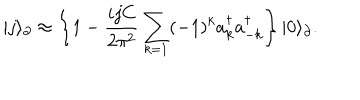
| j \rangle _ { \partial } \approx \left\lbrace 1 - \frac { i j C } { 2 \pi ^ { 2 } } \sum _ { k = 1 } ( - 1 ) ^ { k } a _ { k } ^ { \dagger } a _ { - k } ^ { \dagger } \right\rbrace | 0 \rangle _ { \partial } .